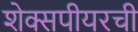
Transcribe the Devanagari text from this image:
शेक्सपीयरची